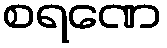
စရဏေ